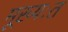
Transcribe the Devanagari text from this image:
मूख्यःत